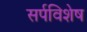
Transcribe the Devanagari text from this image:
सर्पविशेष